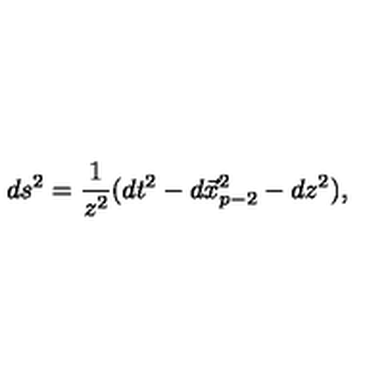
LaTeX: d s ^ { 2 } = \frac { 1 } { z ^ { 2 } } ( d t ^ { 2 } - d \vec { x } _ { p - 2 } ^ { 2 } - d z ^ { 2 } ) ,